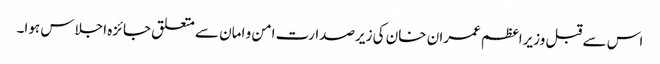
اس سے قبل وزیراعظم عمران خان کی زیرصدارت امن و امان سے متعلق جائزہ اجلاس ہوا۔